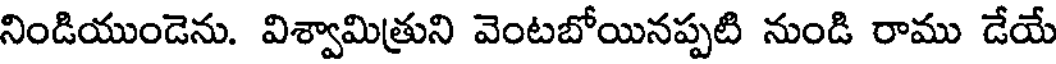
నిండియుండెను. విశ్వామిత్రుని వెంటబోయినప్పటి నుండి రాము డేయే